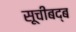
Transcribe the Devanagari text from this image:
सूचीबद्ब